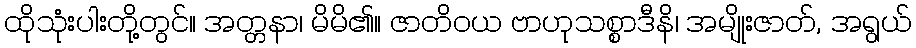
ထိုသုံးပါးတို့တွင်။ အတ္တနာ၊ မိမိ၏။ ဇာတိဝယ ဗာဟုသစ္စာဒီနိ၊ အမျိုးဇာတ်, အရွယ်